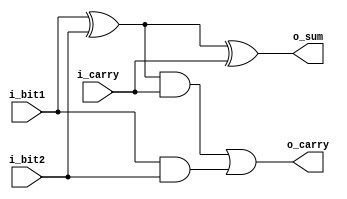
///////////////////////////////////////////////////////////////////////////////
// File Downloaded from Nandland.com
///////////////////////////////////////////////////////////////////////////////
module module_full_adder 
  (
   i_bit1,
   i_bit2,
   i_carry,
   o_sum,
   o_carry
   );

  input  i_bit1;
  input  i_bit2;
  input  i_carry;
  output o_sum;
  output o_carry;

  wire   w_WIRE_1;
  wire   w_WIRE_2;
  wire   w_WIRE_3;
      
  assign w_WIRE_1 = i_bit1 ^ i_bit2;
  assign w_WIRE_2 = w_WIRE_1 & i_carry;
  assign w_WIRE_3 = i_bit1 & i_bit2;

  assign o_sum   = w_WIRE_1 ^ i_carry;
  assign o_carry = w_WIRE_2 | w_WIRE_3;


  // FYI: Code above using wires will produce the same results as:
  // assign o_sum   = i_bit1 ^ i_bit2 ^ i_carry;
  // assign o_carry = (i_bit1 ^ i_bit2) & i_carry) | (i_bit1 & i_bit2);

  // Wires are just used to be explicit. 
  
endmodule // module_full_adder